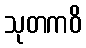
သုတကဝိ